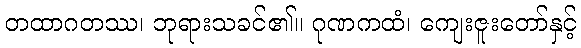
တထာဂတဿ၊ ဘုရားသခင်၏။ ဂုဏကထံ၊ ကျေးဇူးတော်နှင့်